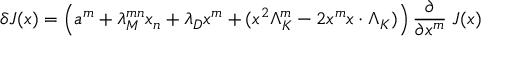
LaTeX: \delta { \cal J } ( x ) = \left( a ^ { m } + \lambda _ { M } ^ { m n } x _ { n } + \lambda _ { D } x ^ { m } + ( x ^ { 2 } \Lambda _ { K } ^ { m } - 2 x ^ { m } x \cdot \Lambda _ { K } ) \right) { \frac { \partial } { \partial x ^ { m } } } \; { \cal J } ( x )